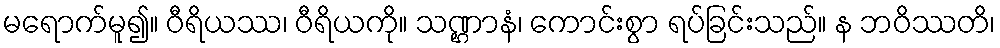
မရောက်မူ၍။ ဝီရိယဿ၊ ဝီရိယကို။ သဏ္ဌာနံ၊ ကောင်းစွာ ရပ်ခြင်းသည်။ န ဘဝိဿတိ၊